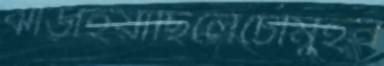
ঝাড়াইয়াছিলেচৌমুহন